Annual statistical returns and brief notes on vaccination in Bengal - 1896-1909
Year: 1896
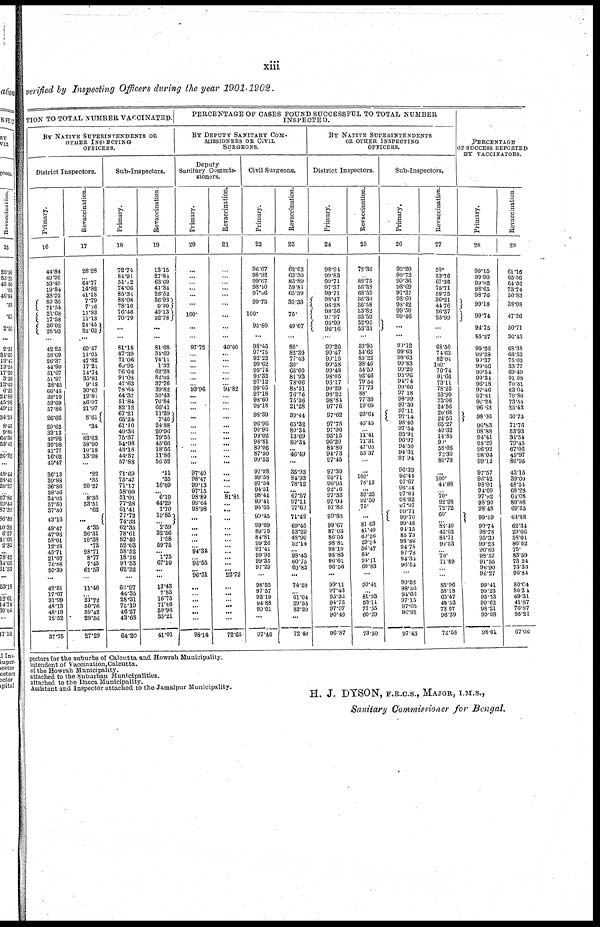
xiii
verified by Inspecting Officers during the year 1901-1902.
TION TO TOTAL NUMBER VACCINATED.
BY NATIVE SUPERINTENDENTS OR
OTHER INSPECTING
OFFICERS.
District Inspectors.
Primary.
16
44.84
49.90
53.49
19.84
38.92
80.36
71.54
21.68
17.58
36.02
28.93
...
42.25
58.69
26.37
44.90
51.67
51.97
38.45
66.44
38.10
53.69
57.86
26.66
29.62
33.12
49.92
30.98
41.77
16.62
43.47
36.13
39.88
36.86
38.36
34.05
57.50
37.30
43.16
48.47
47.96
58.01
12.28
45.71
21.07
70.88
50.39
...
42.51
17.07
31.99
48.13
48.19
12.52
37.75
Revaccination.
17
28.28
... 64.77
14.82
41.18
7.79
7.26
11.83
11.13
24.45
22.62
...
60.47
11.05
47.82
17.21
14.74
35.81
9.18
30.67
12.81
86.07
21.97
8.61
.34
... 83.63
53.90
10.18
13.98
...
.22
.35
20.27
... 8.36
53.51
.62
...
4.35
36.31
10.88
.73
28.71
8.77
7.45
61.53
...
11.46
... 21.72
50.76
59.42
29.56
27.29
Sub-Inspectors.
Primary.
18
72.74
84.91
51.12
74.06
85.34
88.08
78.10
76.46
70.79
...
...
81.18
87.39
71.06
69.95
76.08
91.08
47.63
78.64
64.37
51.84
82.12
67.21
65.24
61.10
49.36
75.37
54.98
43.18
44.57
57.88
71.69
75.47
71.17
58.09
51.01
77.28
61.41
77.72
74.33
62.35
78.61
82.40
52.63
58.52
18.16
91.53
62.32
...
60.97
44.35
28.31
75.19
46.27
43.68
64.20
Revaccination.
19
18.15
27.84
63.69
41.34
26.52
36.93
9.30
49.13
32.78
...
...
81.68
34.69
74.11
1.32
62.28
82.05
37.76
39.82
50.43
70.84
66.41
11.29
7.40
24.88
20.96
79.55
45.66
18.56
11.86
56.52
.11
.35
16.09
... 6.19
44.29
1.70
19.85
... 2.59
32.56
1.58
59.75
... 1.75
67.10
...
...
13.43
7.85
16.75
71.46
59.96
35.21
41.01
PERCENTAGE OF CASES FOUND SUCCESSFUL TO TOTAL NUMBER
INSPECTED.
BY DEPUTY SANITARY COM¬
MISSIONERS OR CIVIL
SURGEONS.
Deputy
Sanitary Commis-
sioners.
Primary.
20
...
...
... ...
... ...
100.
...
...
97.72
... ...
...
...
...
... 93.96
...
...
...
...
...
...
...
... ...
...
...
97.40
98.47
99.13
97.15
98.89
99.64
98.98
...
...
... ...
...
... 94.34
... 93.55
... 96.31
...
...
...
...
... ...
98.14
Revaccination.
21
...
...
... ...
...
...
...
...
...
40.00
...
...
...
... ...
... 94.82
... ...
...
...
...
...
...
...
... ...
...
...
...
... ... 81.81
... ...
...
... ...
...
... ...
... ...
...
... 22.72
...
...
...
...
... ...
72.65
Civil Surgeons.
Primary.
22
96.07
98.92
99.67
98.10
97.06
99.75
100.
95.80
...
98.45
97.75
92.22
99.62
99.74
98.32
97.12
99.05
97.18
98.60
99.18
98.39
96.96
90.90
99.02
98.81
89.06
87.50
99.53
97.98
99.58
97.54
94.51
98.41
99.4l
95.65
99.45
... 99.69
89.75
84.81
99.26
97.41
99.95
99.35
97.29
...
98.55
97.57
93.19
94.88
99.01
...
97.46
Revaccination.
23
62.62
63.30
83.89
59.81
65.39
33.33
75.
49.67
...
80.
82.30
77.43
30.
66.00
81.93
78.06
88.51
76.76
75.36
21.28
39.44
65.32
80.34
13.69
80.34
... 46.49
...
35.93
84.93
78.12
... 67.57
97.11
77.60
71.42
... 69.45
53.29
48.90
52.14
... 98.43
60.75
60.83
...
74.59
...
61.04
39.53
83.20
...
72.40
BY NATIVE SUPERINTENDENTS
OR OTHER INSPECTING
OFFICERS.
District Inspectors.
Primary.
24
98.94
99.83
99.71
97.37
99.71
98.47
93.28
98.36
97.97
95.99
96.16
...
99.26
99.47
99.15
99.58
99.48
98.05
96.17
99.29
98.22
98.84
97.76
97.62
97.75
97.90
95.15
96.20
84.80
94.73
97.45
97.30
95.71
96.95
92.76
97.33
97.94
97.83
90.83
... 99.67
87.03
86.55
98.81
98.10
93.83
96.61
96.06
...
99.11
97.43
95.32
94.72
97.97
90.49
96.87
Revaccination.
25
72.36
... 82.75
56.38
68.59
36.36
36.58
33.82
33.59
52.90
53.31
...
59.95
54.62
85.22
38.46
54.59
92.46
79.54
77.73
88.
77.30
19.65
29.64
45.45
... 11.41
71.31
47.05
55.37
...
...
100.
78.12
...
59.25
92.50
75.
...
... 81.03
41.40
60.56
29.34
56.47
84.
94.11
60.83
...
90.41
...
81.93
53.11
77.55
60.29
73.50
Sub-Inspectors.
Primary.
26
99.20
99.72
99.36
98.69
97.37
98.60
98.42
99.50
99.46
...
...
90.12
99.63
98.63
99.83
99.20
95.96
91.74
99.66
97.18
98.99
97.30
97.11
97.14
98.40
97.54
93.91
96.97
94.50
94.3l
97.94
96.33
96.44
97.67
96.34
97.84
98.32
97.97
99.71
99.70
99.48
94.15
85.73
98.86
94.75 97.78 94.34
96.54
...
99.52
98.36
94.66
97.15
97.05
96.91
97.43
Revaccination.
27
50.
53.76
67.36
76.71
58.75
36.21
44.76
26.37
25.99
...
...
63.50
74.63
82.04
100.
70.74
91.66
73.11
78.25
53.99
73.06
24.56
20.68
24.56
65.27
40.32
14.85
90.
58.06
72.30
80.76
...
100.
44.88
... 70.
92.98
72.72
60.
... 88.40
45.03
85.71
90.53
... 70.
71.80
...
...
85.96
58.18
65.47
45.53
73.07
96.29
72.58
PERCENTAGE
OF SUCCESS REPORTED
BY VACCINATORS.
Primary.
28
99.15 99.90 99.02 98. 65 98.76 99.18
99.74 94.75
85.27
99.26
99.28
99.37
99.66
99.54
99.34
96.18
97.46
87.81
99.24
96.63
98.06
96.83
98.88
94.41
93.29
96.92
98.04
99.12
97.57
96.42
98.01
94.09
97.92
98.90
98.48
99.59
99.74
98.78
95.39
99.23
96.60
98.57
91.55
96.90
96.27
99.41
99.23
95.53
99.62
98.21
99.08
98.01
Revaccination
29
61.16
65.56
64.56
73.74
56.83
38.08
47.56
50.71
36.43
68.38
66.53
75.02
33.77
69.49
91.08
70.51
63.04
70.86
73.55
25.43
30.73
71.76
53.93
34.54
79.45
67.06
49.97
86.95
43.15
39.00
48.54
68.28
64.08
89.88
69.55
61.88
62.34
29.66
58.01
86.02
75.
83.5
73.24
73.33
96.84
80.64
80.24
69.31
41.87
70.87
95.21
67.00
pectors for the suburbs of Calcutta and Howrah Municipality.
intendent of Vaccination,Calcutta.
of the Howrah Municipality.
attached to the Suburban Municipalities,
attached to the Dacca Municipality.
Assistant and Inspector attached to the Jamalpur Municipality.
H. J. DYSON, F.R.C.S., MAJOR, I.M.S.,
Sanitary Commissioner for Bengal.